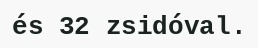
és 32 zsidóval.